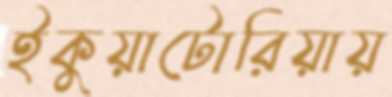
ইকুয়াটোরিয়ায়